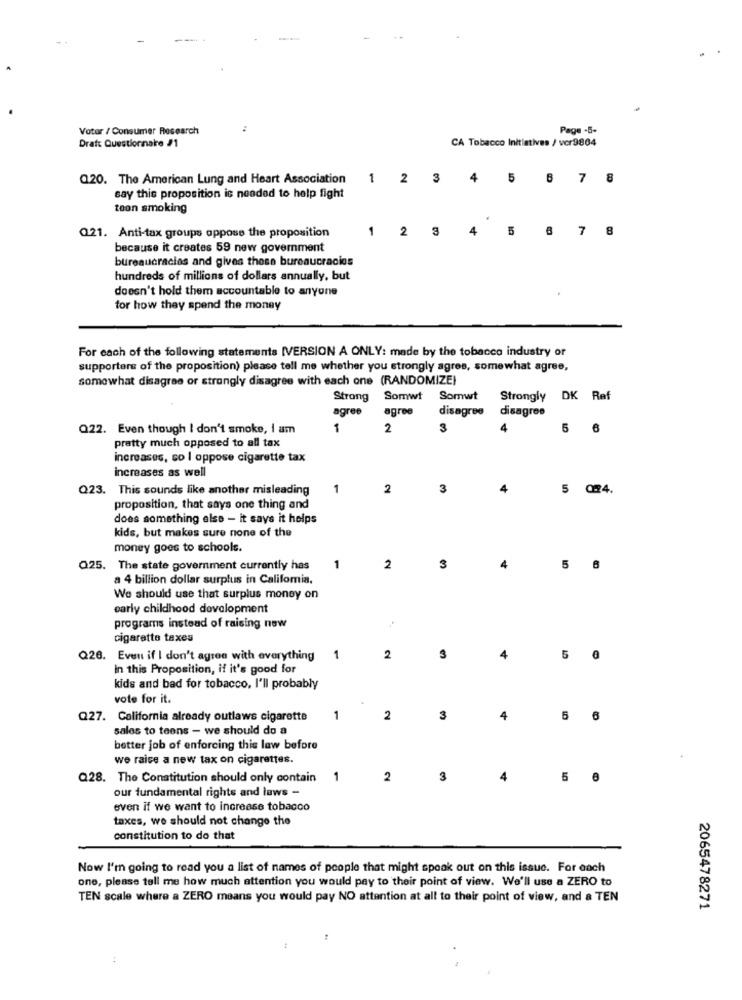
Voter / Consumer Research
:
Page -5-
Dratt Questionnaire /1
CA Tobacco Initiatives / vcr9804
Q20. The American Lung and Heart Association
1 2 3 4 5 6 7 8
say this proposition is needed to help fight
toon smoking
Q21. Anti-tax groups oppose the proposition
1 2 3 4 5 6 7 8
because it creates 59 new government
bureaucracies and gives those bureaucracies
hundreds of millions of dollars annually, but
doesn't hold them accountable to anyone
tor how they spend the money
For each of the following statements [VERSION A ONLY: made by the tobacco industry or
supporters of the proposition) please tell me whether you strongly agres, somewhat agree,
somewhat disagree or strongly disagree with each one (RANDOMIZE)
Strong Somwt Somwt Strongly DK Ref
agree
disagree disagree
agree
Q22. Even though I don't smoke, i am
1
2
3
5 6
pretty much opposed to all tax
increases, co I oppose cigarette tax
increases as well
Q23. This sounds like another misleading
1
2
3
4
5 024.
proposition, that says one thing and
does something else - it says it helps
kids, but makes sure none of the
money goes to schools.
Q25. The state government currently has
1
2
3
4
a 4 billion dollar surplus in California.
We should use that surplus money on
early childhood development
programs instead of raising new
cigarette taxes
Q26. Even if I don't agree with everything
1
2
3
4
5 @
In this Proposition, if it's good for
kids and bad for tobacco, I'll probably
vote for it.
Q27. California already outlaws cigarette
1
2
3
4
5 6
sales to teens - we should do a
better job of enforcing this law before
we raise a new tax on cigarettes.
Q28. The Constitution should only contain
1
2
3
4
5
our fundamental rights and laws -
even if we want to increase tobacco
taxes, we should not change the
constitution to do that
Now I'm going to read you a list of names of people that might speak out on this issue. For each
one, please tell me how much attention you would pay to their point of view. We'll use a ZERO to
TEN scale where a ZERO means you would pay NO attention at all to their point of view, and a TEN
2065478271